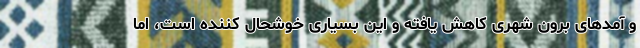
و آمد‌های برون شهری کاهش یافته و این بسیاری خوشحال کننده است، اما‌